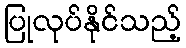
ပြုလုပ်နိုင်သည့်